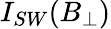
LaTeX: I_{SW}(B_{\bot})